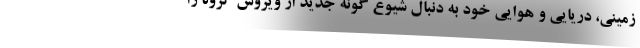
زمینی، دریایی و هوایی خود به دنبال شیوع گونه جدید از ویروس کرونا را